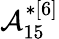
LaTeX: \mathcal{A}_{15}^{*[6]}